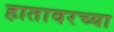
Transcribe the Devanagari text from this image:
हातावरच्या